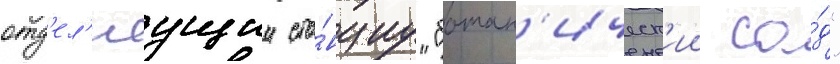
отд'ел'яущии ста́нциу "ботан'ическ'ии са́д"